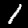
Digit: 1